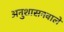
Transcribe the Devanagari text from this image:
अनुशासनवाले